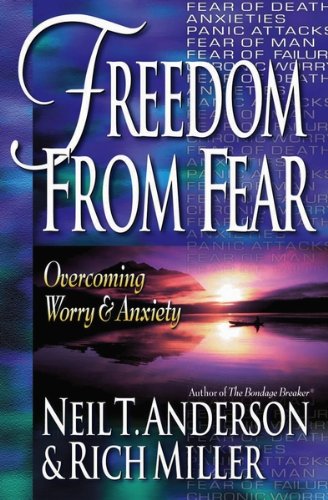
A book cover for Freedom from Fear: Overcoming Worry and Anxiety; Neil T. Anderson; Health, Fitness & Dieting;